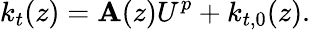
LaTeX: k_{t}(z)=\mathbf{A}(z){U}^{p}+k_{t,0}(z).